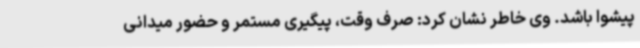
پیشوا باشد. وی خاطر نشان کرد: صرف وقت، پیگیری مستمر و حضور میدانی